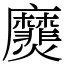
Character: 㸏